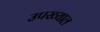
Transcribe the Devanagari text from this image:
उपख्याल